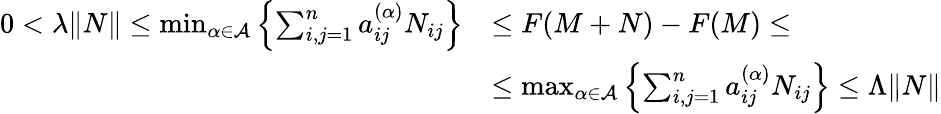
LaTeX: \begin{array}{rl}{0<\lambda\| N\| \le\operatorname*{min}_{\alpha\in\mathcal{A}}\left\{ \sum_{i,j=1}^{n}a_{ij}^{(\alpha)}N_{ij}\right\} }&{\le F(M+N)-F(M)\leq}\\ &{\le\operatorname*{max}_{\alpha\in\mathcal{A}}\left\{ \sum_{i,j=1}^{n}a_{ij}^{(\alpha)}N_{ij}\right\} \le\Lambda\| N\| }\end{array}